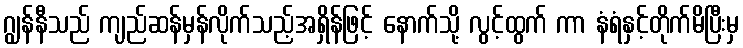
ဂျွန်နီသည် ကျည်ဆန်မှန်လိုက်သည့်အရှိန်ဖြင့် နောက်သို့ လွင့်ထွက် ကာ နံရံနှင့်တိုက်မိပြီးမှ